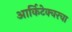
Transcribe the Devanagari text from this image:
आर्किटेक्चरचा